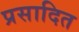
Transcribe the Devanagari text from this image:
प्रसादित